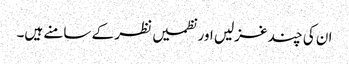
ان کی چند غزلیں اور نظمیں نظر کے سامنے ہیں۔